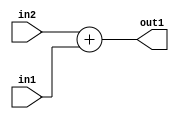
`timescale 1ps / 1ps
/*****************************************************************************
    Verilog RTL Description
    
    
    Created by: Stratus DpOpt 21.05.01 
*******************************************************************************/

module dut_Add_14Ux8U_14U_4 (
	in2,
	in1,
	out1
	); /* architecture "behavioural" */ 
input [13:0] in2;
input [7:0] in1;
output [13:0] out1;
wire [13:0] asc001;

assign asc001 = 
	+(in2)
	+(in1);

assign out1 = asc001;
endmodule

/* CADENCE  ubD4TwA= : u9/ySxbfrwZIxEzHVQQV8Q== ** DO NOT EDIT THIS LINE ******/